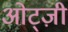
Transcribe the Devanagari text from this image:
ओट्ज़ी